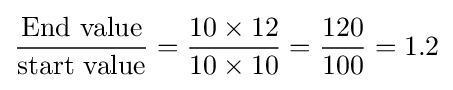
{\frac {\text{End value}}{\text{start value}}}={\frac {10\times 12}{10\times 10}}={\frac {120}{100}}=1.2